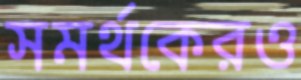
সমর্থকেরও